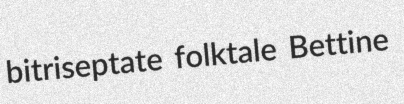
bitriseptate folktale Bettine